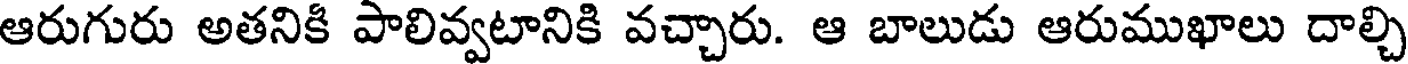
ఆరుగురు అతనికి పాలివ్వటానికి వచ్చారు. ఆ బాలుడు ఆరుముఖాలు దాల్చి